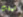
تبقت